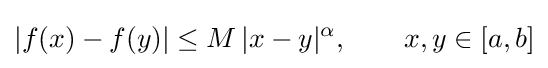
\left|f(x)-f(y)\right|\leq M\,|x-y|^{\alpha },\qquad x,y\in [a,b]